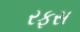
રફસ